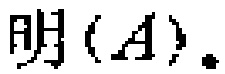
明$(A).$